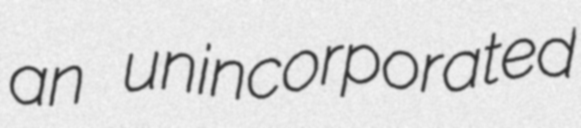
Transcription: an unincorporated